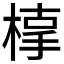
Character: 𣖥